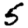
Digit: 5